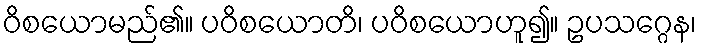
ဝိစယောမည်၏။ ပဝိစယောတိ၊ ပဝိစယောဟူ၍။ ဥပသဂ္ဂေန၊